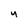
Character: y